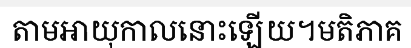
តាមអាយុកាលនោះឡើយ។មតិភាគ